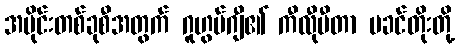
အပိုင်းတစ်ခုစီအတွက် ဂူဟွမ်ဂျီ၏ ကီလီုမီတာ မခင်တိုးတို့